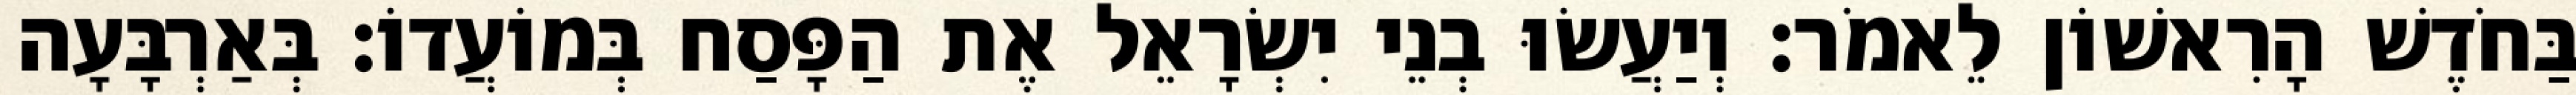
בַּחֹדֶשׁ הָרִאשׁוֹן לֵאמֹר׃ וְיַעֲשׂוּ בְנֵי יִשְׂרָאֵל אֶת הַפָּסַח בְּמוֹעֲדוֹ׃ בְּאַרְבָּעָה